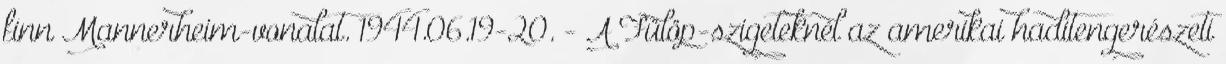
finn Mannerheim-vonalat. 1944.06.19-20. - A Fülöp-szigeteknél az amerikai haditengerészeti